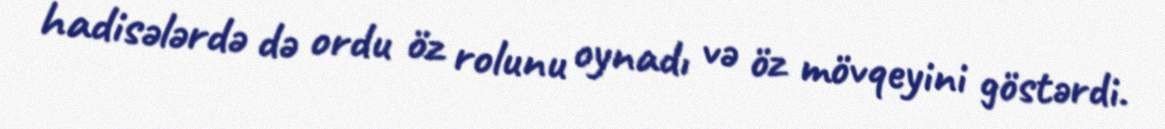
hadisələrdə də ordu öz rolunu oynadı və öz mövqeyini göstərdi.